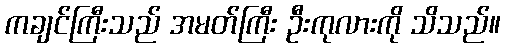
ကချင်ကြီးသည် အမတ်ကြီး ဦးကုလားကို သိသည်။